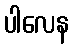
ပါလေန